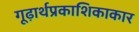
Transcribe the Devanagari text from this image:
गूढ़ार्थप्रकाशिकाकार